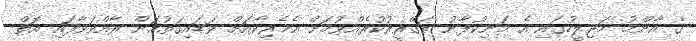
ގެ އާންމު މަޖިލީހުގައި އެ މަނިކުފާނު ތަގްރީރުކުރެއްވުމަށް އެމެރިކާއަށް ވަޑައިގަތުމަށް ރާއްވަވާފައި އޮތް